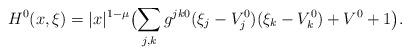
LaTeX: \begin{align*}H^0(x,\xi )=|x|^{1-\mu }\bigl(\sum_{j,k} g^{jk0}(\xi_j-V_j^0)(\xi_k-V_k^0)+V^0+1\bigr).\end{align*}